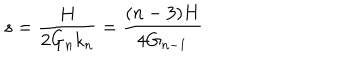
LaTeX: s = \frac { H } { 2 G _ { n } k _ { n } } = \frac { ( n - 3 ) H } { 4 G _ { n - 1 } }